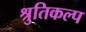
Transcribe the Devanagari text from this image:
श्रुतिकल्प